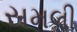
સમલી